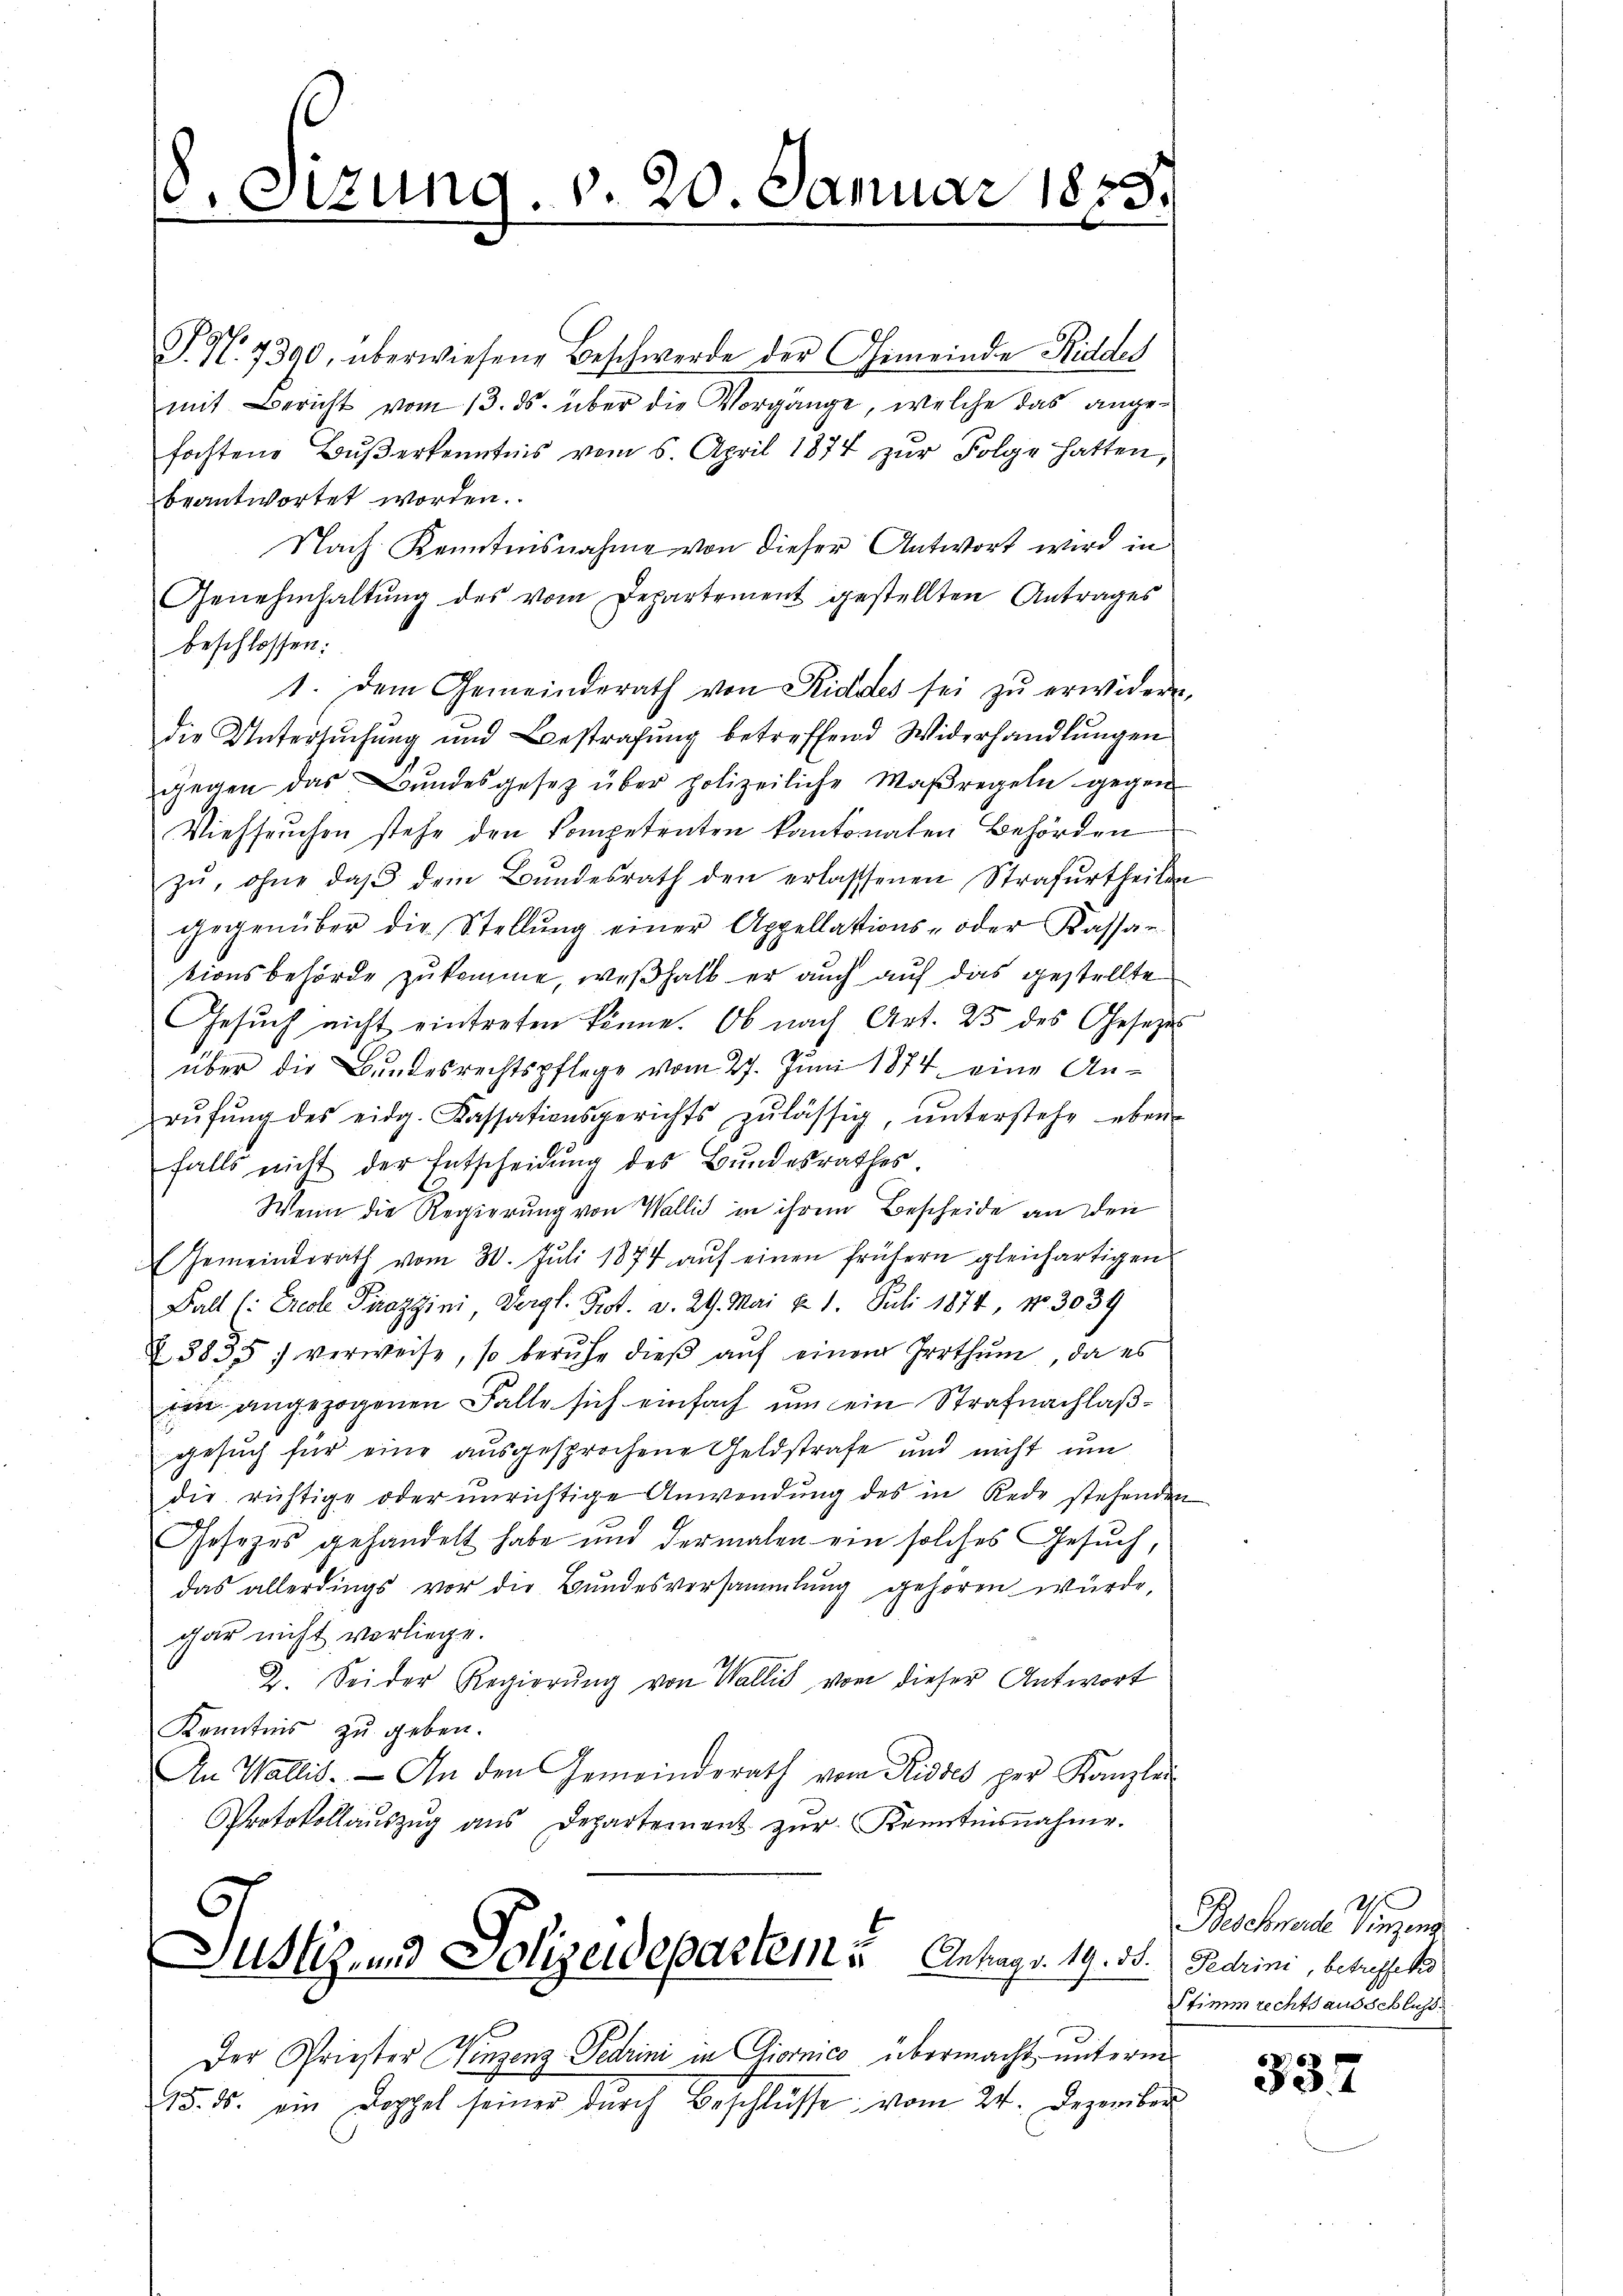
. Sizung

v. 20. Januar

187

T. N. 7390, überwiesene Beschwerde der Gemeinde Riddes
mit Bericht vom 13. ds. über die Vorgänge, welche das angefochtene Bŭβerkenntnis vom 6. April 1874 zur Folge hatten,
beantwortet worden.
Nach Kenntnisnahme von dieser Antwort wird in
Genehmhaltŭng des vom Departement gestellten Antrages
beschlossen:
1. Dem Gemeinderath von Riddes sei zŭ erwidern,
die Untersuchung und Bestrafung betreffend Widerhandlungen
gegen das Bŭndesgesetz über polizeiliche Maßregeln gegen
Viehseuchen stehe den Kompetenten kantonalen Behörden
zŭ, ohne daβ dem Bŭndesrath den erlassenen Strafurtheilen
gegenüber die Stellŭng einer Appellations- oder Kassan-
tionsbehörde zukomme, weßhalb er auch auf das gestellte
Gesŭch nicht eintreten könne. Ob nach Art. 25 des Geseze
über die Bundesrechtspflege vom 27. Juni 1874 eine An-
rŭfŭng des eidg. Kassationsgerichts zulässig, ŭnterstehe eben-
falls nicht der Entscheidŭng des Bundesrathes.
Wenn die Regierung von Wallis in ihrem Bescheide an den
Gemeinderath vom 30. Jŭli 1874 aŭf einen frühern gleichartigen
Fall (: Erach Pirazzini, Vergl. Prot. v. 29. Mai d. 1. Juli 1874, No. 3039
3835. verweise, so berŭfe dieβ aŭf einem Irrthum, da es
ein angezogenen Falle sich einfach um ein Strafnachlaßgesuch für eine ausgesprochene Geldstrafe und nicht um
die richtige oder unrichtige Anwendung des in Rede stehenden
Gesezes gehandelt habe und dermalen ein solches Gesuch,
das allerdings vor die Bundesversammlung gehören würde,
gar nicht vorliege.
2. Sei der Regierŭng von Wallis von dieser Antwort
Kenntnis zu geben.
An Wallis. An den Gemeinderath vom Risses per Kanzlei
Protokollaŭszŭg aŭs Departement zŭr Kenntnisnahme.

Der Priester Vinzenz Petrini in Giornico übermacht unterm
15. ds. ein Doppel seiner durch Beschlüsse vom 24. Dezember

Justiz- und Polizeidepartem Antrags. 19. 30. Jederini, betreffets

Beschnete Vinzen
Stimmrechts ausschluss.

337